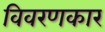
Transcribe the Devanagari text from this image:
विवरणकार